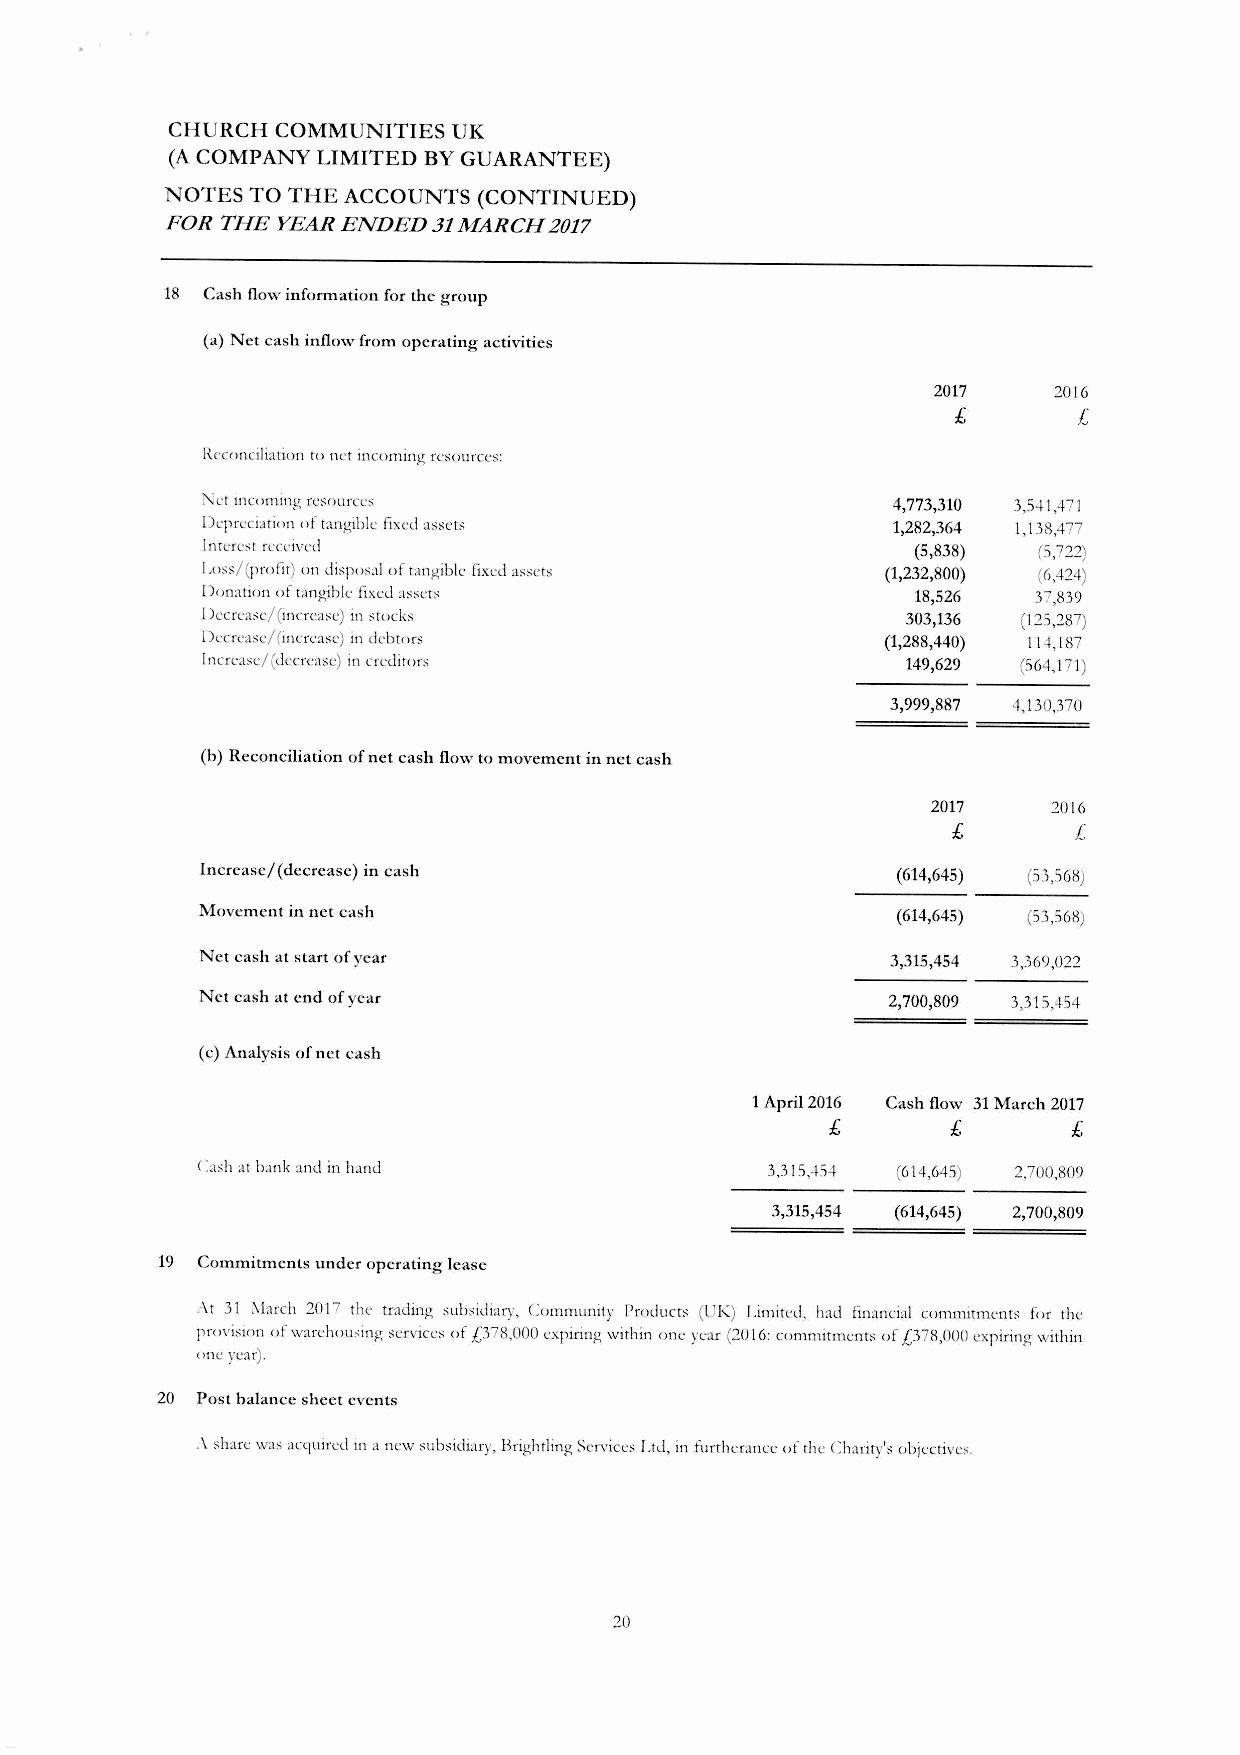
CHURCH COMMUNITIES UK
 (ACOMPANY LIMITED BYGUARANTEE)
 NOTES TO THE ACCOUNTS (CONTINUED)
 FOR THE YEAR ENDED 31MARCH 2017
 18 Cash flow information for the group
 (a) Net cash inflow from operating activities
 2017    2016
 £       L
 Itcconciliariot1 to nct inC0t11ing resourCes:
 0.il't inC0t11ing rc:-;()urcc~                4,773,310 3,541,471
 Depreciation ()f tangible ftxed assets        1,282,364 1,138,477
 [ntere"t received                               (5,838) (5,722)
 I,();,s/(profit) ()n disposal of tangible fixed assets (1,232,800) (6,424)
 Donation of tangible fixed assets               18,526 37,839
 I)ecreasc/ (increase) in stocks                303,136 (125,287)
 Decrease/ (increase) in debtor;,              (1,288,440) 114,187
 Increase/ (decrease) in creditors              149,629 (564,171)
 3,999,887 4,130,370
 (b) Reconciliation of net cash flow to movement in net cash
 2017    2016
 £
 £
 Increase/ (decrease) in cash                  (614,645) (53,56~)
 Movement in net cash                          (614,645) (53,568)
 Net cash at start of year                     3,315,454 3,369,022
 Net eash at end of year                       2,700,809 3,315,454
 (e) Analysis of net cash
 1April 2016 Cash flow 31 March 2017
 £       £       £
 Ca;,h at bank and in hand             3,315,-15-1 (614,645) 2,700,809
 3,315,454 (614,645) 2,700,809
 19 Commitments under operating lease
 ,\1 31 !I'Iarch 2017 the trading subsidian·, Community Products (UK) 1jmited. had financial commitments for the
 provision of warehousing services of £378,000 expi.ring within one H:ar (2016: c()tllmitmenrs of £378,000 expiring within
 one year).
 20 Postb~anceshecteven~
 ,\ share was aClluired in anew subsidiary, Brightling Services [.td, in furtherance of the Charity's obJectives.
 :w